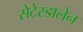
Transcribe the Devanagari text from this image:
सेटेस्डालेन